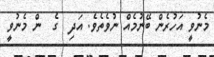
މެނުވީ އަހުރެން ބޭނުމެއް ނުވެތެވެ. އަދި  ގެ  ން މެނުވީ